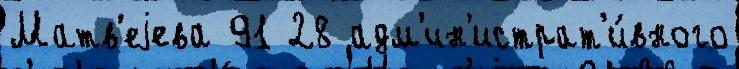
Матв'еjева 91 28 адм'ин'истрат'и́вного